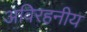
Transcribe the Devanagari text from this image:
अविरहनीय